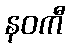
နဝကီ